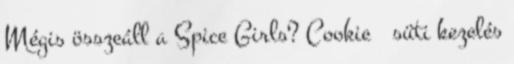
Mégis összeáll a Spice Girls? Cookie süti kezelés